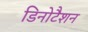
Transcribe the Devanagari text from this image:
डिनोटैशन